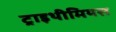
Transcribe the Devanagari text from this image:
ट्राइथीमियस